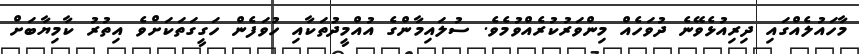
މާހައުލެއްގައި ދިރިއުޅެވޭނެ ދުވަހެއް މިންވަރުކުރެއްވުމެވެ. ސުލައިމާންގެ އުއްްމީދުތަކާއި ހުވަފެން ހަގީގަތަކަށްވެ އިތުރު ކާމިޔާބަށް